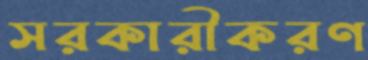
সরকারীকরণ